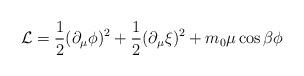
LaTeX: \begin{align*}{\cal L}=\frac{1}{2}(\partial_\mu\phi)^2 +\frac{1}{2}(\partial_\mu\xi)^2 + m_0\mu\cos\beta\phi\end{align*}